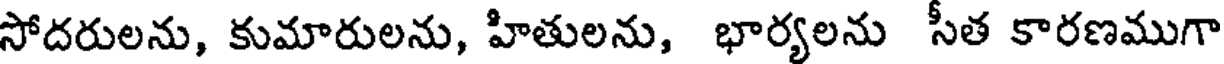
సోదరులను, కుమారులను, హితులను, భార్యలను సీత కారణముగా